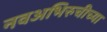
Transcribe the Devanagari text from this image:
नवअभिरुचीच्या